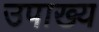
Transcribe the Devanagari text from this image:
उपाख्‍य